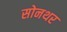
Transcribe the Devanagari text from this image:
सोनथर